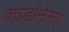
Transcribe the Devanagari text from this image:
कांडोनेसए